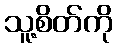
သူ့စိတ်ကို